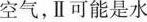
空气，Ⅱ可能是水